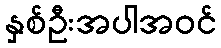
နှစ်ဦးအပါအဝင်